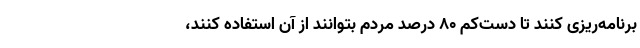
برنامه‌ریزی کنند تا دست‌کم 80 درصد مردم بتوانند از آن استفاده کنند،